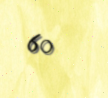
60